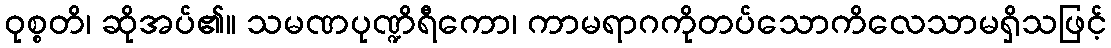
ဝုစ္စတိ၊ ဆိုအပ်၏။ သမဏပုဏ္ဍိရီကော၊ ကာမရာဂကိုတပ်သောကိလေသာမရှိသဖြင့်